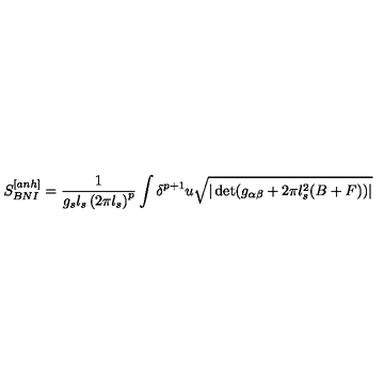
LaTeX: S _ { B N I } ^ { [ a n h ] } = \frac { 1 } { g _ { s } l _ { s } \left( 2 \pi l _ { s } \right) ^ { p } } \int \delta ^ { p + 1 } u \sqrt { | \det ( g _ { \alpha \beta } + 2 \pi l _ { s } ^ { 2 } ( B + F ) ) | }